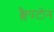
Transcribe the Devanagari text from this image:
क्लैपटोन